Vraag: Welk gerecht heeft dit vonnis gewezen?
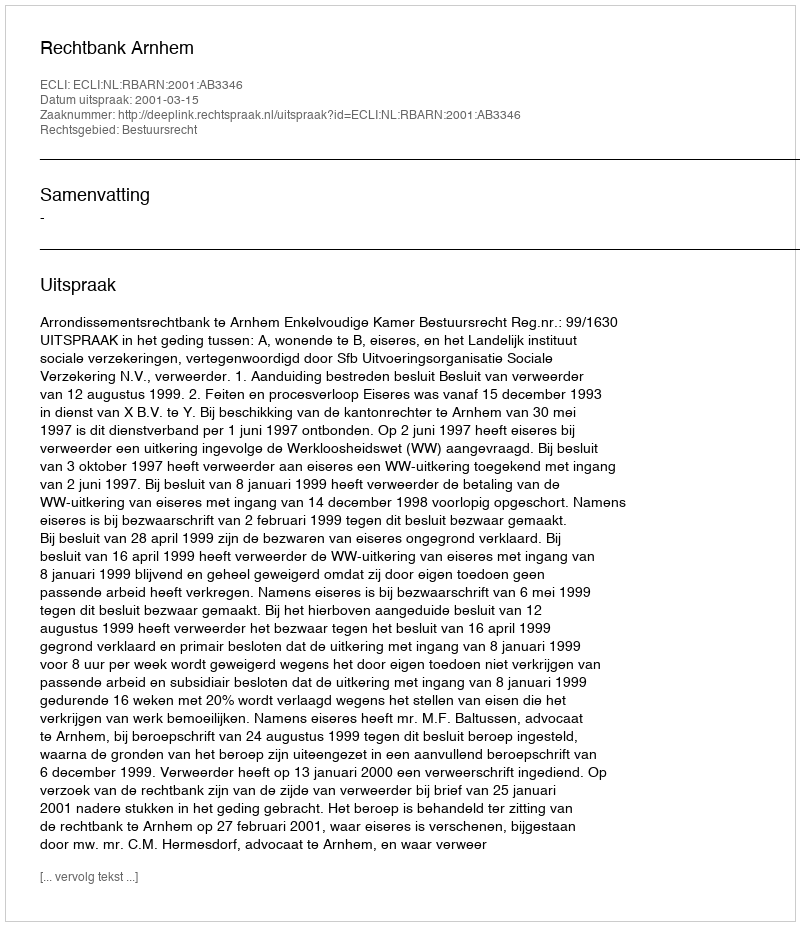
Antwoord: Rechtbank Arnhem